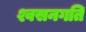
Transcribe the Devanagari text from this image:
श्वसनगति